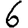
Digit: 6